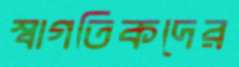
স্বাগতিকদের